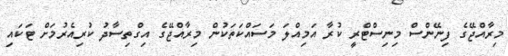
މިރާއްޖޭގެ ފިނޭންސް މިނިސްޓްރީ ކުރާ އަމިއްލަ މަސައްކަތަކުން މިރާއްޖޭގެ އިގްތިސާދު ކުރިއެރުމަށް ޓަކައި